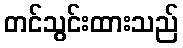
တင်သွင်းထားသည်